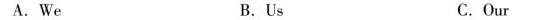
A.We B.Us C.Our